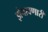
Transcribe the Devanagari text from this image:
झेपावणारी